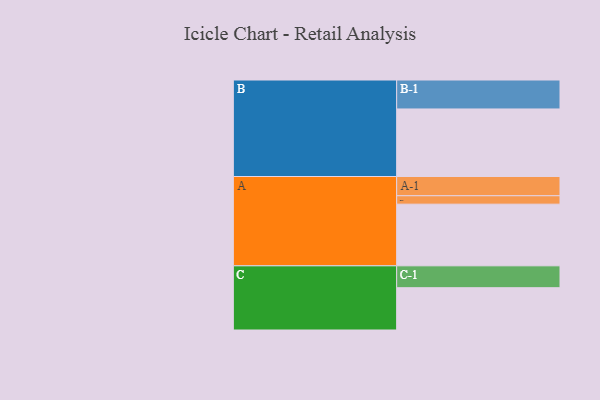
{"axis": {"x": "Segment", "y": "Value"}, "legend": ["", "A", "B", "C"], "data": [{"x": "A", "y": 513, "type": ""}, {"x": "B", "y": 562, "type": ""}, {"x": "C", "y": 352, "type": ""}, {"x": "A-1", "y": 160, "type": "A"}, {"x": "A-2", "y": 70, "type": "A"}, {"x": "B-1", "y": 241, "type": "B"}, {"x": "C-1", "y": 182, "type": "C"}]}